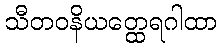
သီတဝနိယတ္ထေရဂါထာ